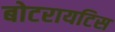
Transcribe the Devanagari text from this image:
बोटरायटिस